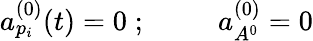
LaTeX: a_{p_{i}}^{(0)}(t)=0\; ;\; \; \; \; \; \; \; \; \; a_{A^{0}}^{(0)}=0